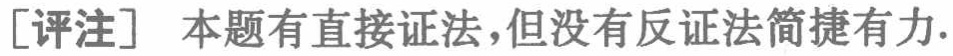
[评注] 本题有直接证法，但没有反证法简捷有力.